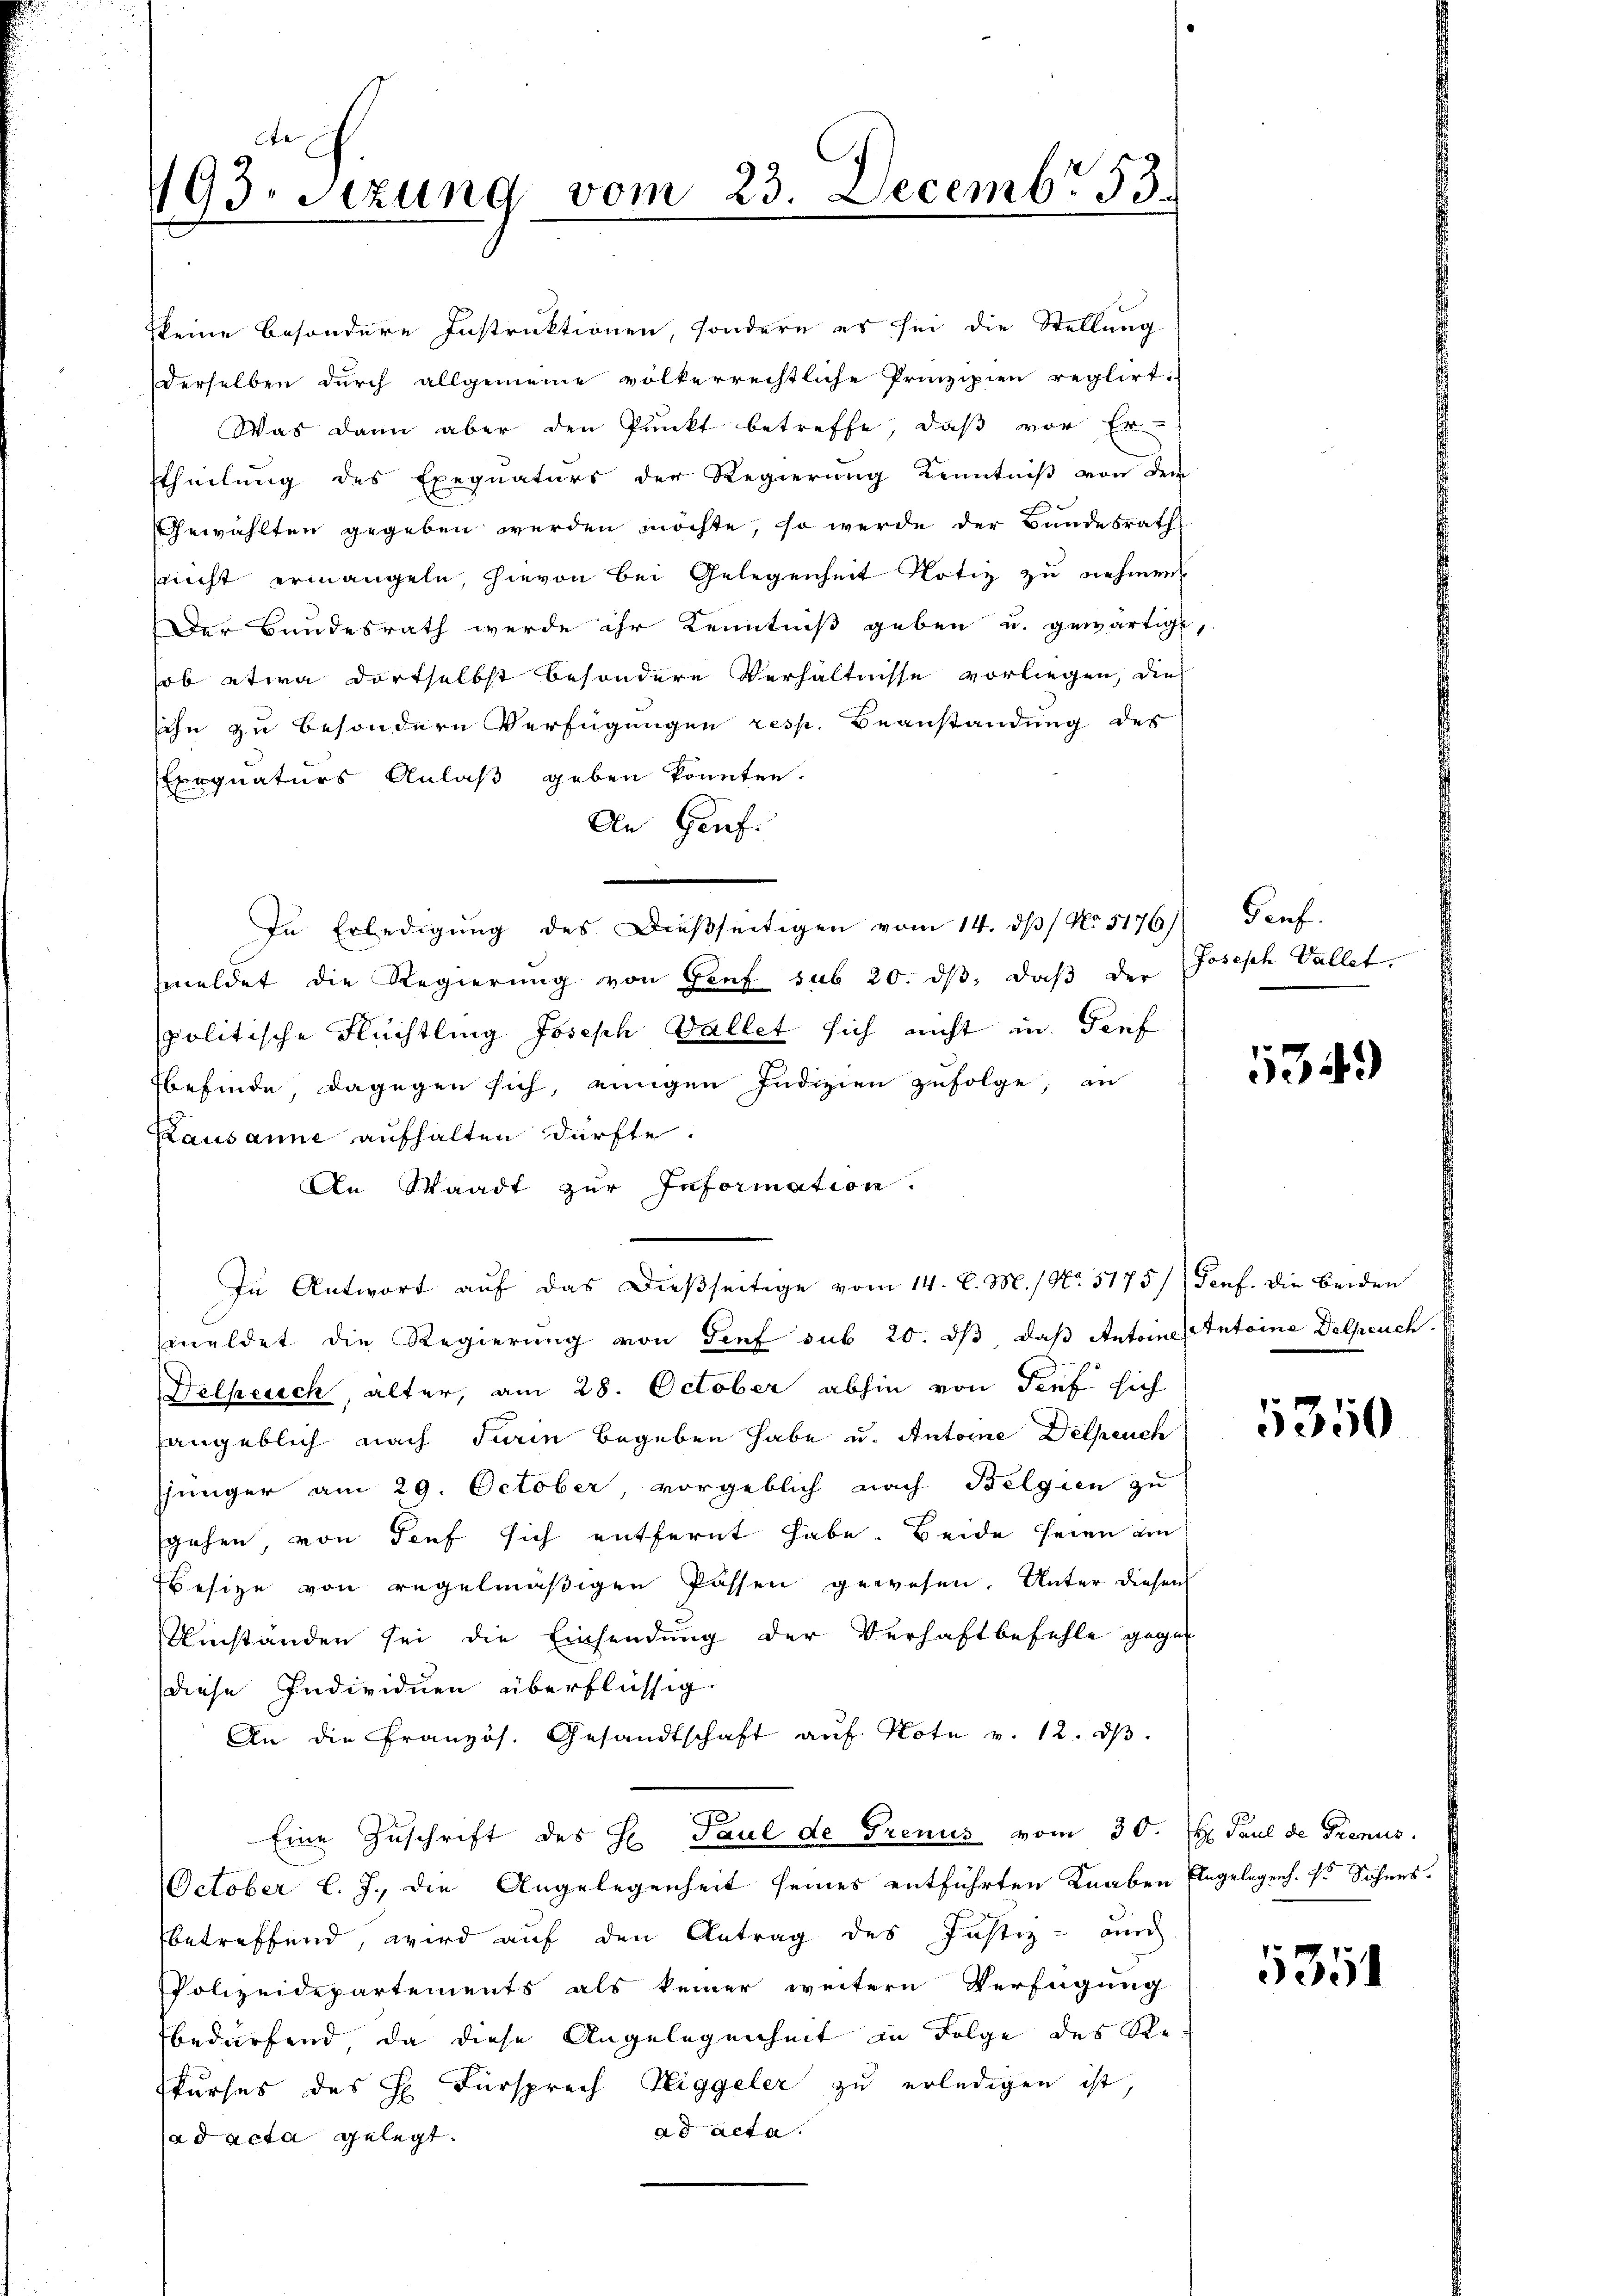
193. Sizung vom 23. Decembr 53.

keine besondere Instruktionen, sondern es sei die Stellung
derselben durch allgemeine völkerrechtliche Prinzipien reglirt.
Was dann aber den Punkt betreffe, daß vor Er
theilung des Exequaturs der Regierung Kenntniß von der
Gewählten gegeben werden möchte, so werde der Bundesrath
sucht ermangeln, hievon bei Gelegenheit Notiz zu nehmen
Der Bundesrath werde ihr Kenntniß geben u. gewärtigt,
sob etwa dortselbst besondere Verhältnisse vorliegen, die
sihe zu besondern Verfügungen resp. Beanstandung des
Exequaturs Anlaß geben könnten.
An Genf.
In Erledigŭng des Dieβseitigen vom 14. dβ / No 5176) Genf.
meldet die Regierung von Genf sub 20. ds, daß der
spolitische Flüchtling Joseph Fallet sich nicht in Genf
befinde dagegen sich, einigen Indizien zufolge, an
Kausanne aufhalten dürfte.
An Staadt zur Information.
In Antwort aŭf das dießseitige vom 14. d. M. / No. 5175/) Genf. die beiden
meldet die Regierung von Genf sub 20. dβ das Antoine Intoine Delpeuch
Delpeuch, alter, am 28. October abhin von Tief sich
sangeblich nach Turin begeben habe u. Antoine Delpeuch
jünger am 29. October, vorgeblich nach Belgien zu
sgehen, von Tief sich entfernt habe. Beide seien an
Besize von regelmäßigen Passen gewesen. Unter diesen
Umständen sei die Einsendung der Verhaftbefehle gegen
diese Individuen überflüssig
An die Pranzös. Gesandtschaft aŭf Note v. 12. dβ.
Eine Zuschrift des H. Paul de Grenus vom 30. H. Paul de Trenus
October l. J., die Angelegenheit seines entführten Knaben Eingelegens. Er Sohnes.
betreffend, wird auf den Antrag des Justiz - auch
Polizeidepartements als keiner weitere Verfügung
bedürfend, da diese Angelegenheit in Folge des Ste
skurses des H. Fürsprech Niggeler zu erledigen ist,
ad acta.
ad acta gelegt.

Joseph Vallet.

5349)

5350

5351